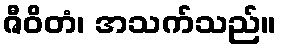
ဇီဝိတံ၊ အသက်သည်။